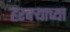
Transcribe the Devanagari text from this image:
हरबऱ्याच्या